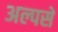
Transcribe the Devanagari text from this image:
अल्पसे